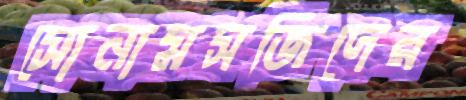
সোনামসজিদের